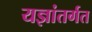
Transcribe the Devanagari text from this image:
यज्ञांतर्गत